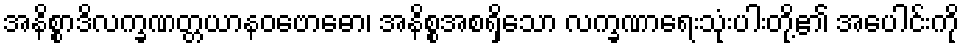
အနိစ္စာဒိလက္ခဏတ္တယာနဝဗောဓော၊ အနိစ္စအစရှိသော လက္ခဏာရေးသုံးပါးတို့၏ အပေါင်းကို